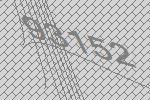
93152